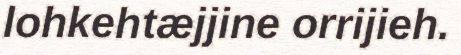
lohkehtæjjine orrijieh.